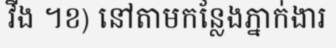
វីង ។ខ) នៅតាមកន្លែងភ្នាក់ងារ